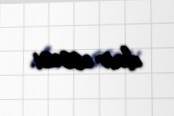
dair essesi.